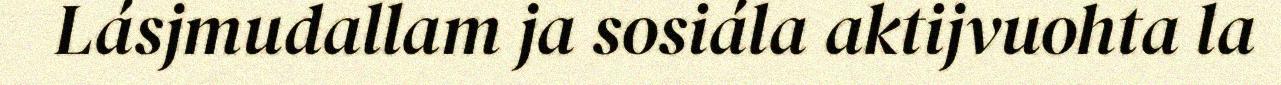
Lásjmudallam ja sosiála aktijvuohta la